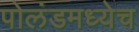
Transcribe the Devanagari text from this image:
पोलंडमध्येच